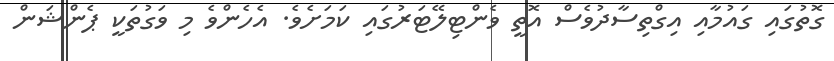
ގޮތުގައި ގައުމާއި އިގްތިސާދުވެސް އޮތީ ވެންޓިލޭޓަރުގައި ކަމަށެވެ. އެހެންވެ މި ވަގުތަކީ ޕެންޝަން